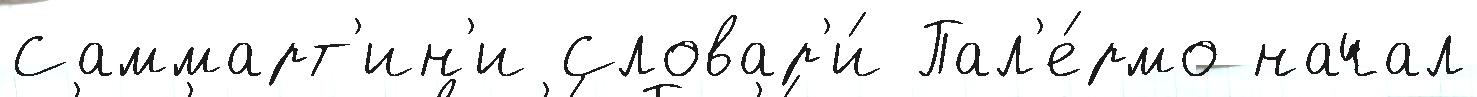
Саммарт'ин'и Словар'и́ Пал'е́рмо начал